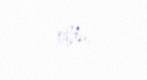
oldu.